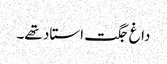
داغ جگت استاد تھے۔